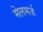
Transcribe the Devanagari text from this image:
मेलमर्ज